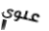
علوي